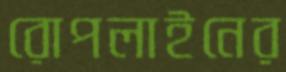
রোপলাইনের